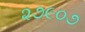
૨૭૯૦૭